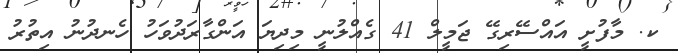
ކ. މާފުށީ އައްސޭރިގޭ ޖަމީލް 41 ގެއްލުނީ މިދިޔަ އަންގާރަދުވަހު ހެނދުނު އިތުރު